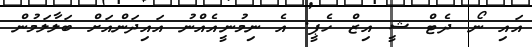
އައި ނޯ ދެޓް ޝީ އިޒް ހެޕީ. އެ ނިމުނީއެއްނު އައިދަންއަށް ބަލާލަމުން